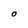
Character: O